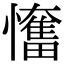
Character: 𢤬